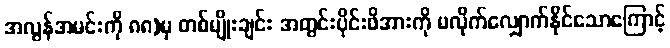
အလွန်အမင်းကို ၈၈)မှ တစ်မျိုးချင်း အတွင်းပိုင်းဖိအားကို မလိုက်လျှောက်နိုင်သောကြောင့်